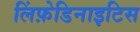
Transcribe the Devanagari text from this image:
लिंफ़ेडिनाइटिस